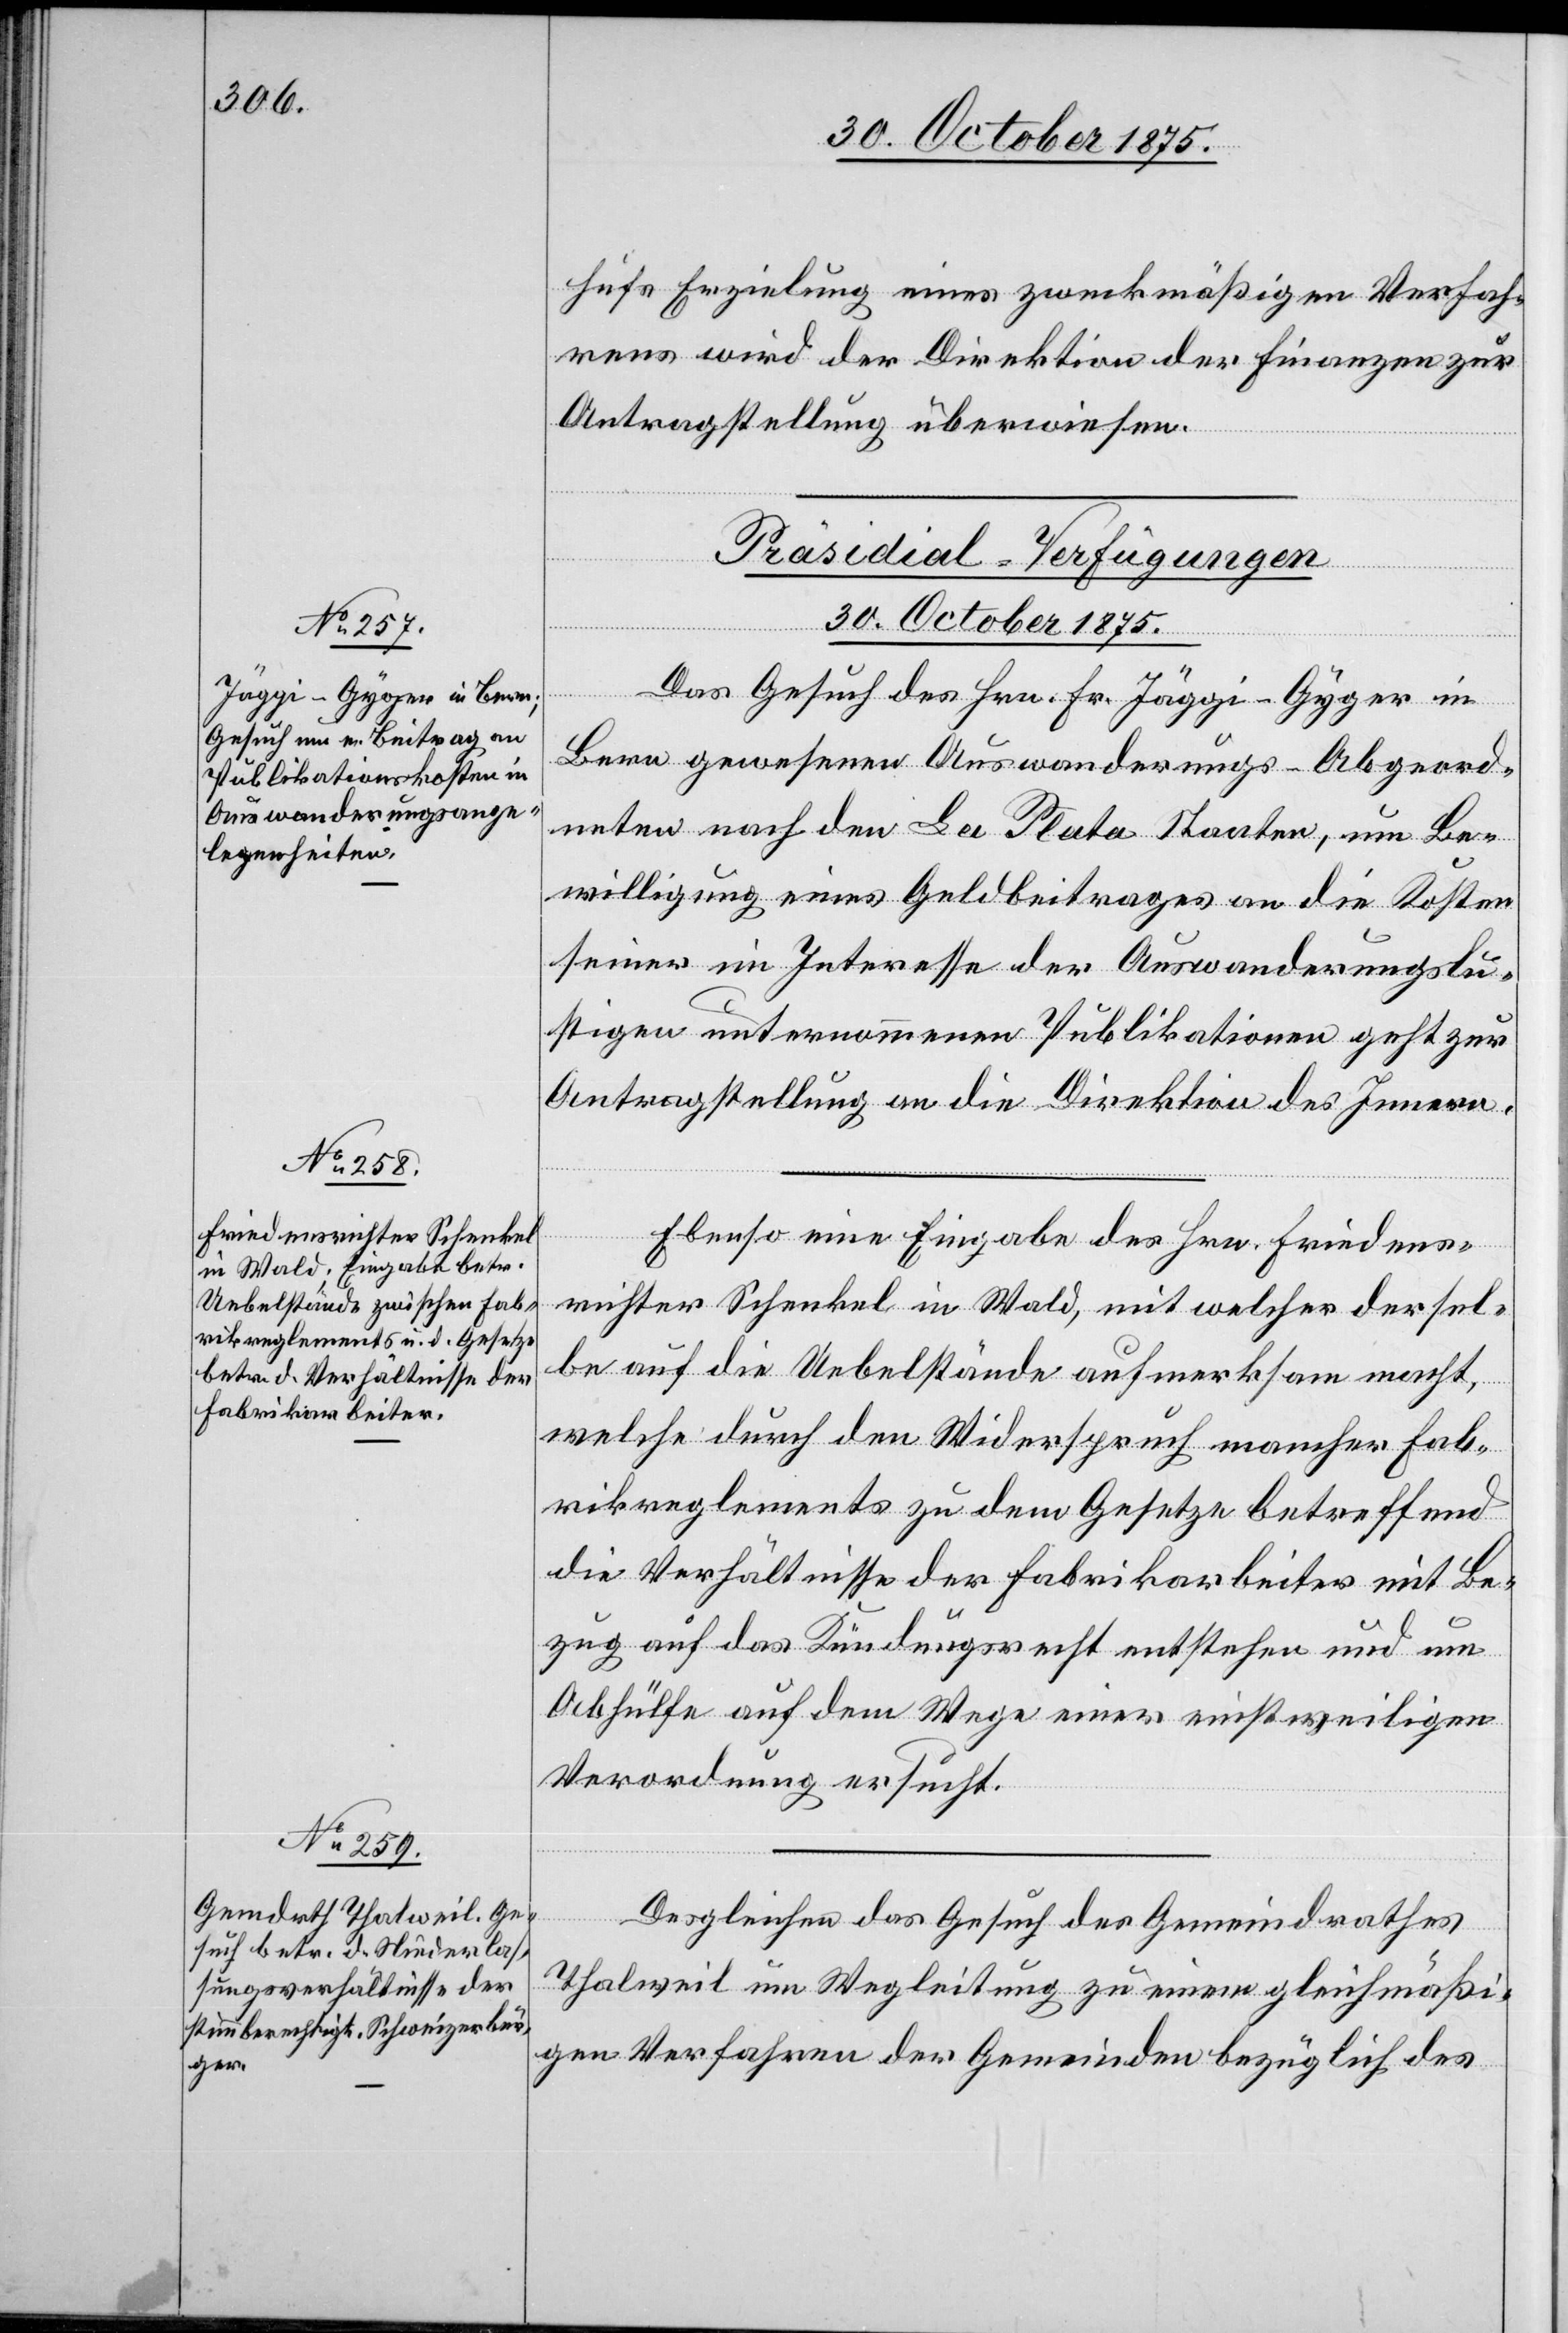
hufs Erzielung eines zweckmäßigen Verfah¬
rens wird der Direktion der Finanzen zur
Antragstellung überwiesen.
[Präsidial-Verfügungen
30. October 1875.]
Das Gesuch des Hrn. Fr. Jäggi-Gyger in
Bern gewesenen Auswanderungs-Abgeord¬
neten nach den La Plata Staaten, um Be¬
willigung eines Geldbeitrages an die Kosten
seiner im Interesse der Auswanderungslu¬
stigen unternommenen Publikationen geht zur
Antragstellung an die Direktion des Innern.
Ebenso eine Eingabe des Hrn. Friedens¬
richter Schenkel in Wald, mit welcher dersel¬
be auf die Uebelstände aufmerksam macht,
welche durch den Widerspruch mancher Fab¬
rikreglements zu dem Gesetze betreffend
die Verhältnisse der Fabrikarbeiter mit Be¬
zug auf das Kündungsrecht entstehen und um
Abhülfe auf dem Wege einer einstweiligen
Verordnung ersucht.
Desgleichen das Gesuch des Gemeindrathes
Thalweil um Wegleitung zu einem gleichmäßi¬
gen Verfahren der Gemeinden bezüglich des